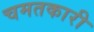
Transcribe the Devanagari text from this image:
चमतकारी